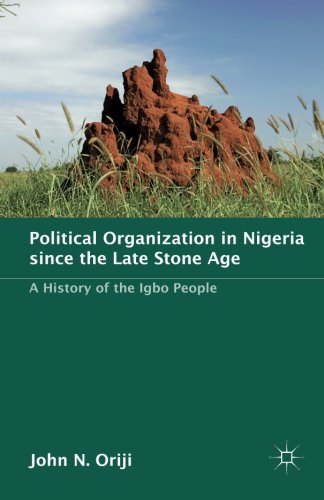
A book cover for Political Organization in Nigeria since the Late Stone Age: A History of the Igbo People; John Oriji; History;